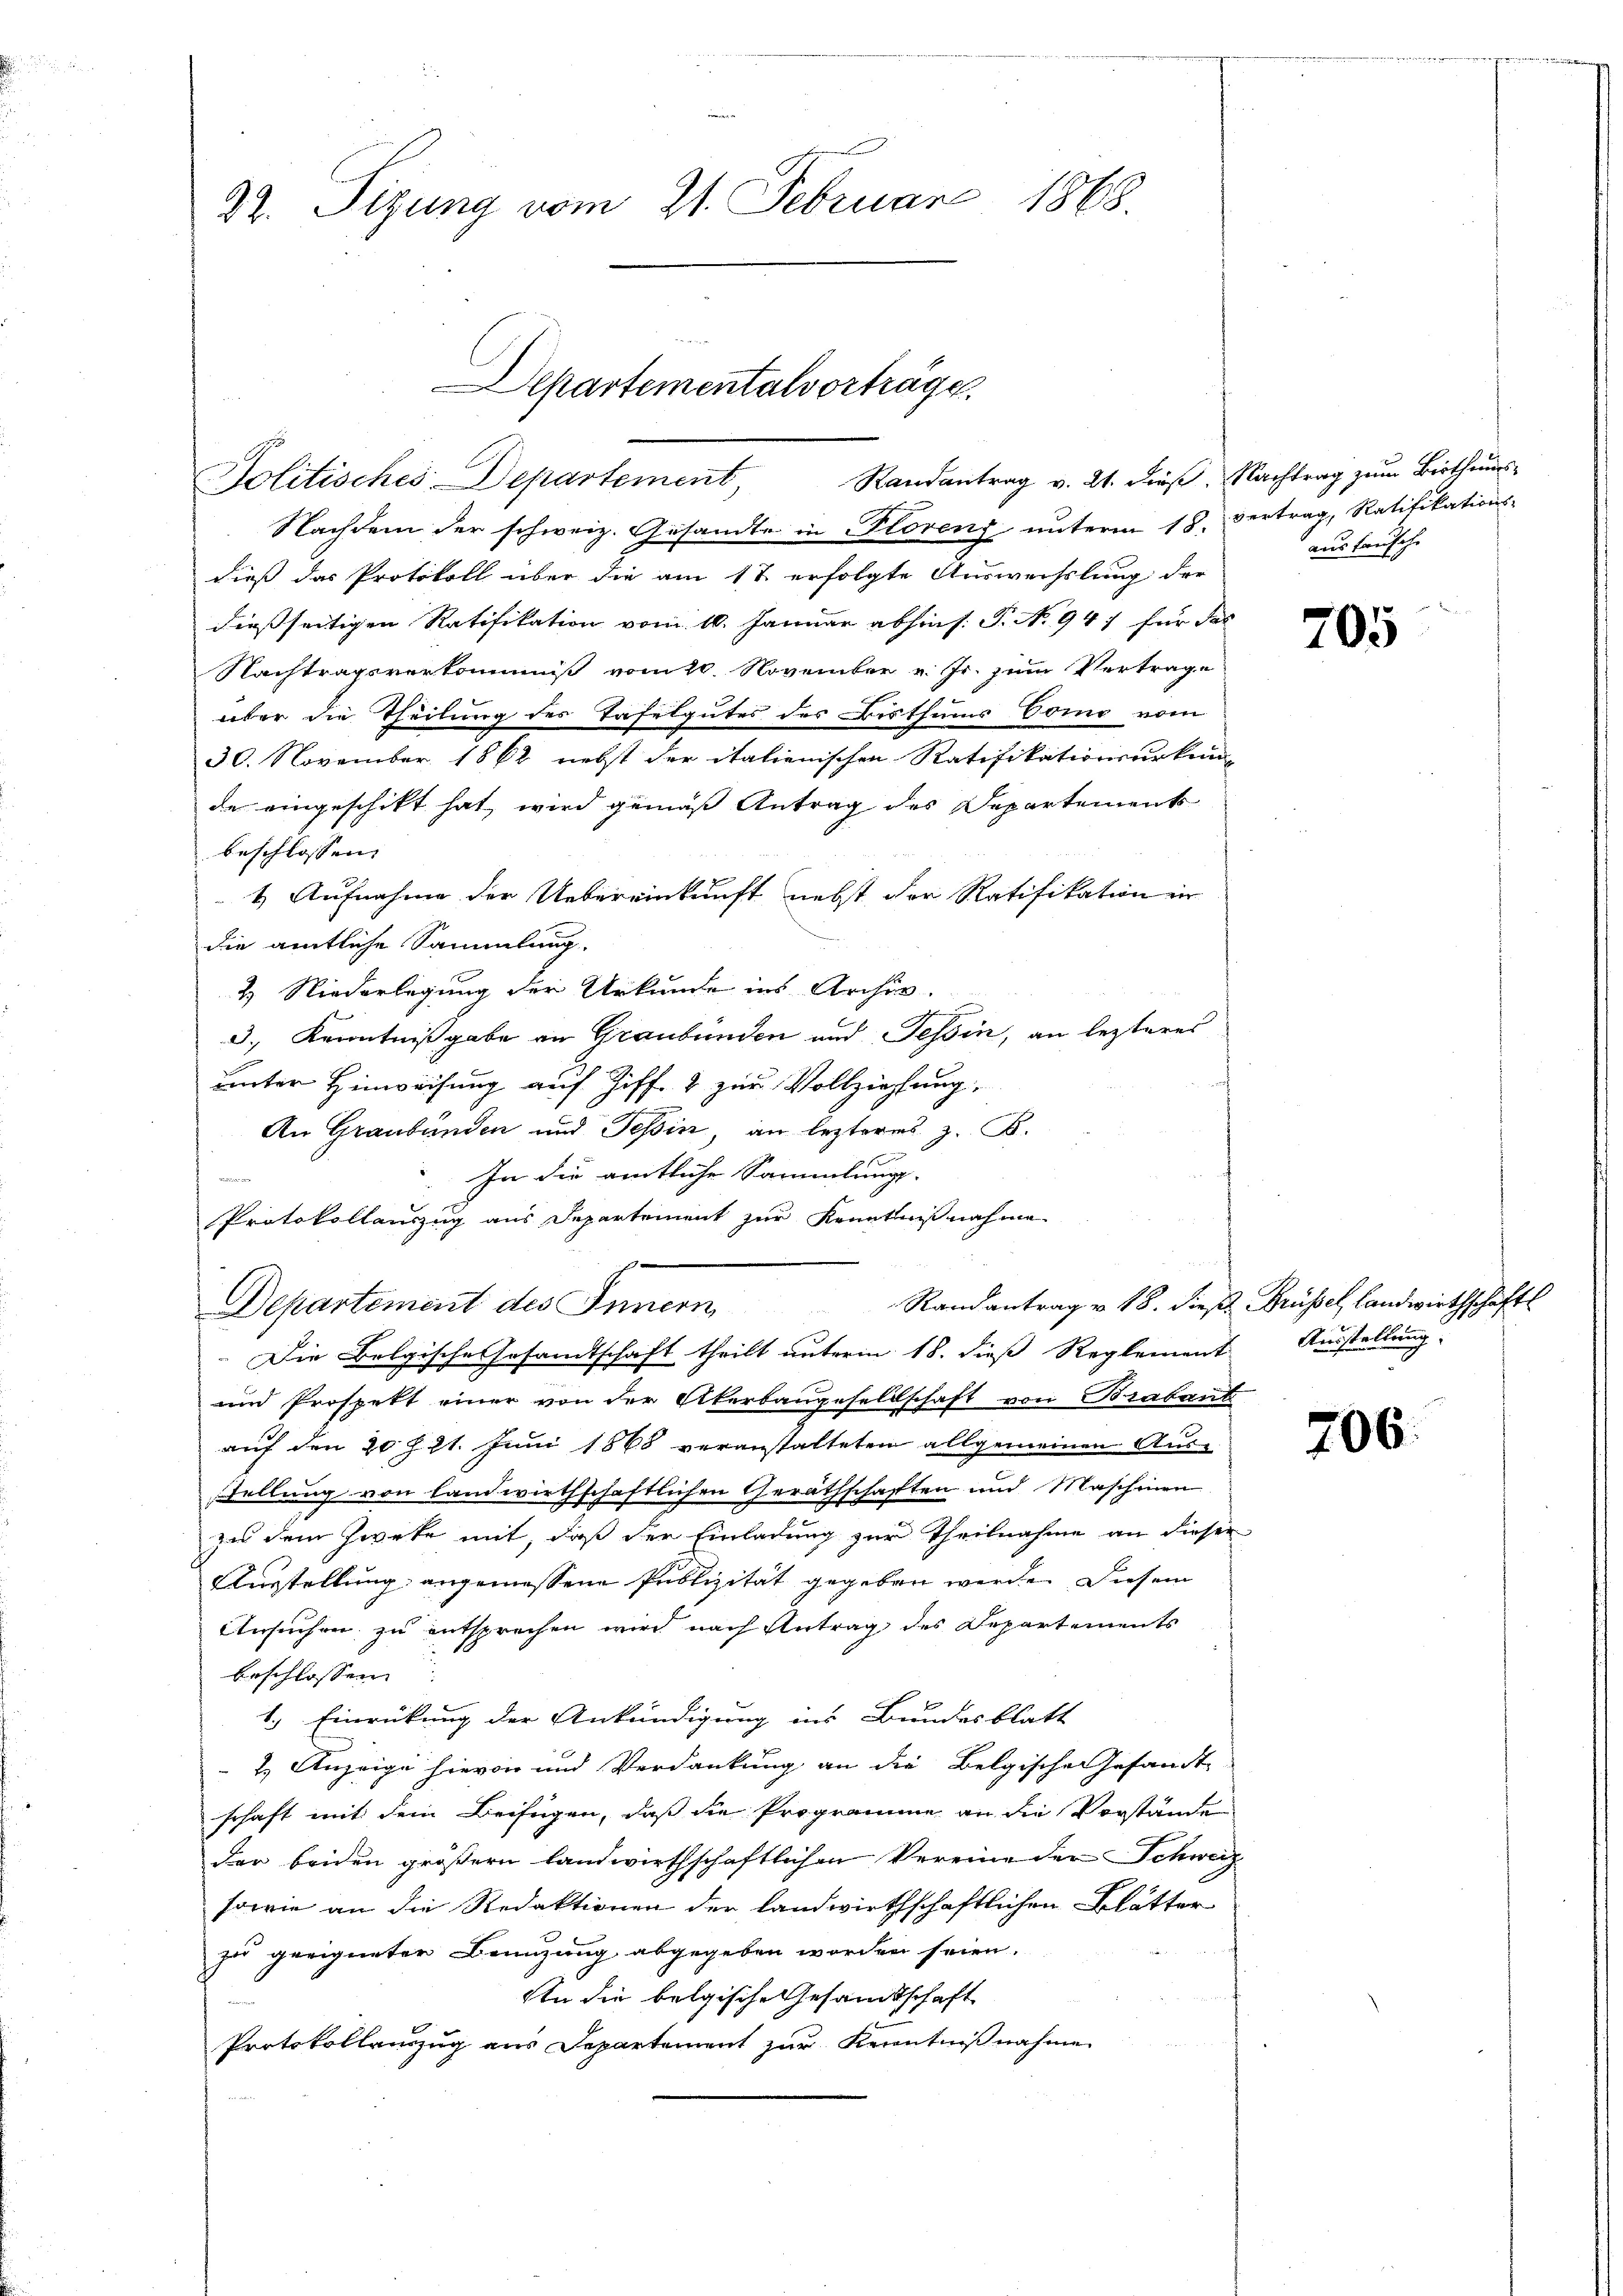
22. Sizung vom 21. Februar 1865.

Departementalvorträge.
Randantrag v. 21. dieß. Nachtrag zum Berthums-
Politisches Departement,

Nachdem der schweiz. Gesandte in Plorenz unterm 18. Vertrag, Ratifikations-
dieß das Protokoll über die am 17 erfolgte Auswechslung der
dießseitigen Ratifikation vom 10. Januar abhins: P. N. 94) für das
Nachtragsverkommiß vom 20. November v. Js. zum Vertrage
über die Theilung des Tafelgutes des Bisthums Como vom
30. November 1862 nebst der italienischen Ratifikationsurkun-
de eingeschikt hat, wird gemäß Antrag des Departement
beschlossen:
1. Aufnahme der Uebereinkunft nebst der Ratifikation in
die amtliche Sammlung.
2.) Niederlegung der Urkunde ins Archiv.
3.) Kenntnißgabe an Graubünden und Tessin, an lezteres
unter Hinweisung auf Ziff. 2 zur Vollziehung,
An Graubünden und Teßin, an lezteres z. B.
In die amtliche Sammlungs-

Protokollauszug aus Departement zur Kenntnißnahme
n
Randantrag v. 18. dieß Grüssel, Landwirthschaftl
Departement des Innern
Die Belgische Gesandtschaft theilt unterm 18. dieß Reglement Ausstellung
und Prospekt einer von der Überbaugesellschaft von Brabant
auf den 20 f 21. Juni 1868 veranstalteten allgemeinen Aus-
stellung von landwirthschaftlichen Geräthschaften und Maschinen
zu dem Zwecke mit, daß der Einladung zur Theilnahme an dieser
Ausstellung angemessene Publizität gegeben werde. Diesem
Ansuchen zu entsprechen wird nach Antrag des Departements
beschlossen
1.) Einrückung der Ankündigung ins Bundesblatt
 2. Anzeige hievon und Verdankung an die Belgische Gesandt
schaft mit dem Beifügen, daß die Programme an die Vorstände
der beiden größern landwirthschaftlichen Vereine der Schweiz
sowie an die Redaktionen der landwirthschaftlichen Blätter
zu geeigneter Benuzung abgegeben worden seien.
An die belgische Gesamtschaft
Protokollauszug aus Departement zur Kenntnißnahme

ausbausche

705

706.